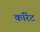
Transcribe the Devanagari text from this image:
कॉरेंट